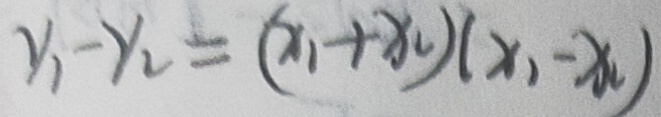
y _ { 1 } - y _ { 2 } = ( x _ { 1 } + x _ { 2 } ) ( x _ { 1 } - x _ { 2 } )